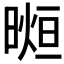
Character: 𣉖